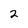
Character: 2